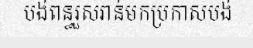
បង់ពន្ធរួសរាន់មកប្រកាសបង់